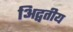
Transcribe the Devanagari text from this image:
अिद्वतीय